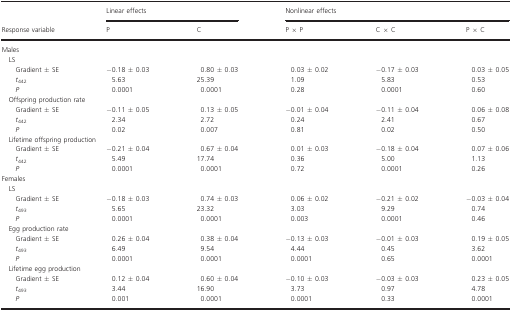
<table><thead><tr><td rowspan="2"><b>Response variable</b></td><td colspan="2"><b>Linear effects</b></td><td colspan="3"><b>Nonlinear effects</b></td></tr><tr><td><b>P</b></td><td><b>C</b></td><td><b>P × P</b></td><td><b>C × C</b></td><td><b>P × C</b></td></tr></thead><tbody><tr><td colspan="6">Males</td></tr><tr><td colspan="6"> LS</td></tr><tr><td>Gradient ± SE</td><td>−0.18 ± 0.03</td><td>0.80 ± 0.03</td><td>0.03 ± 0.02</td><td>−0.17 ± 0.03</td><td>0.03 ± 0.05</td></tr><tr><td><i>t</i><sub>442</sub></td><td>5.63</td><td>25.39</td><td>1.09</td><td>5.83</td><td>0.53</td></tr><tr><td><i>P</i></td><td>0.0001</td><td>0.0001</td><td>0.28</td><td>0.0001</td><td>0.60</td></tr><tr><td colspan="6"> Offspring production rate</td></tr><tr><td>Gradient ± SE</td><td>−0.11 ± 0.05</td><td>0.13 ± 0.05</td><td>−0.01 ± 0.04</td><td>−0.11 ± 0.04</td><td>0.06 ± 0.08</td></tr><tr><td><i>t</i><sub>442</sub></td><td>2.34</td><td>2.72</td><td>0.24</td><td>2.41</td><td>0.67</td></tr><tr><td><i>P</i></td><td>0.02</td><td>0.007</td><td>0.81</td><td>0.02</td><td>0.50</td></tr><tr><td colspan="6"> Lifetime offspring production</td></tr><tr><td>Gradient ± SE</td><td>−0.21 ± 0.04</td><td>0.67 ± 0.04</td><td>0.01 ± 0.03</td><td>−0.18 ± 0.04</td><td>0.07 ± 0.06</td></tr><tr><td><i>t</i><sub>442</sub></td><td>5.49</td><td>17.74</td><td>0.36</td><td>5.00</td><td>1.13</td></tr><tr><td><i>P</i></td><td>0.0001</td><td>0.0001</td><td>0.72</td><td>0.0001</td><td>0.26</td></tr><tr><td colspan="6">Females</td></tr><tr><td colspan="6"> LS</td></tr><tr><td>Gradient ± SE</td><td>−0.18 ± 0.03</td><td>0.74 ± 0.03</td><td>0.06 ± 0.02</td><td>−0.21 ± 0.02</td><td>−0.03 ± 0.04</td></tr><tr><td><i>t</i><sub>493</sub></td><td>5.65</td><td>23.32</td><td>3.03</td><td>9.29</td><td>0.74</td></tr><tr><td><i>P</i></td><td>0.0001</td><td>0.0001</td><td>0.003</td><td>0.0001</td><td>0.46</td></tr><tr><td colspan="6"> Egg production rate</td></tr><tr><td>Gradient ± SE</td><td>0.26 ± 0.04</td><td>0.38 ± 0.04</td><td>−0.13 ± 0.03</td><td>−0.01 ± 0.03</td><td>0.19 ± 0.05</td></tr><tr><td><i>t</i><sub>493</sub></td><td>6.49</td><td>9.54</td><td>4.44</td><td>0.45</td><td>3.62</td></tr><tr><td><i>P</i></td><td>0.0001</td><td>0.0001</td><td>0.0001</td><td>0.65</td><td>0.0001</td></tr><tr><td colspan="6"> Lifetime egg production</td></tr><tr><td>Gradient ± SE</td><td>0.12 ± 0.04</td><td>0.60 ± 0.04</td><td>−0.10 ± 0.03</td><td>−0.03 ± 0.03</td><td>0.23 ± 0.05</td></tr><tr><td><i>t</i><sub>493</sub></td><td>3.44</td><td>16.90</td><td>3.73</td><td>0.97</td><td>4.78</td></tr><tr><td><i>P</i></td><td>0.001</td><td>0.0001</td><td>0.0001</td><td>0.33</td><td>0.0001</td></tr></tbody></table>